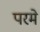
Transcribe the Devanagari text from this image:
परमे